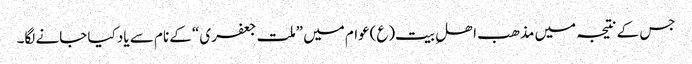
جس کے نتیجہ میں مذھب اھلِ بیت(ع)عوام میں ”ملت جعفری“ کے نام سے یاد کیا جانے لگا۔